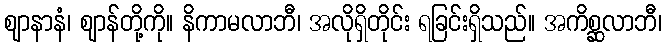
ဈာနာနံ၊ ဈာန်တို့ကို။ နိကာမလာဘီ၊ အလိုရှိတိုင်း ရခြင်းရှိသည်။ အကိစ္ဆလာဘီ၊